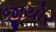
જીયોર